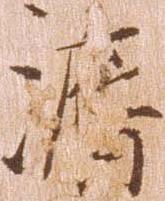
済